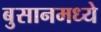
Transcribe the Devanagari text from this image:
बुसानमध्ये